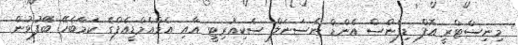
މިނިސްޓްރީ އޮފް ޑިފެންސް އެންޑް ނެސަނަލް ސެކިއުރިޓީ އާއި އެމްއެމްޑީއެފްގެ ކަމާބެހޭ ބޭފުޅުން